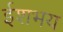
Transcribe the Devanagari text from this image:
ईशभय